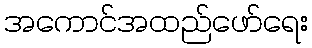
အကောင်အထည်ဖော်ရေး